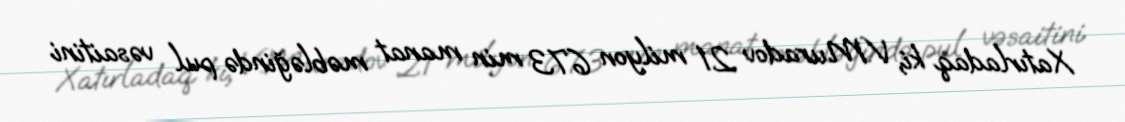
Xatırladaq ki, V.Muradov 21 milyon 673 min manat məbləğində pul vəsaitini